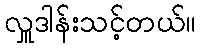
လှူဒါန်းသင့်တယ်။